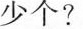
少个?